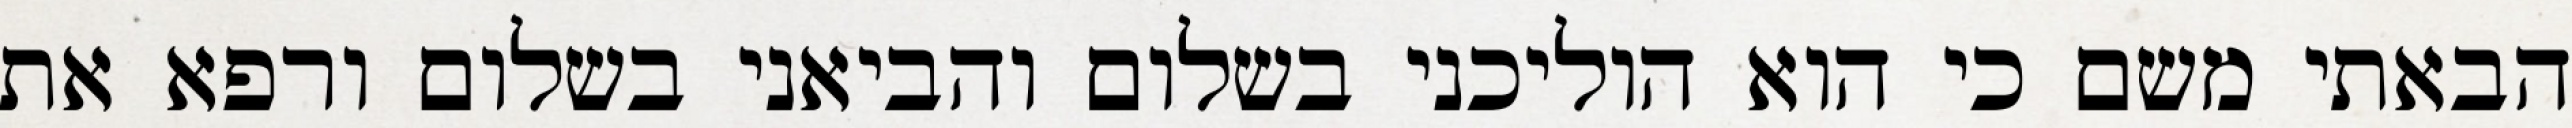
הבאתי משם כי הוא הוליכני בשלום והביאני בשלום ורפא את